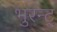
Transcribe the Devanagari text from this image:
भुरन्ट्